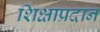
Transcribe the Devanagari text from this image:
शिक्षाप्रदान